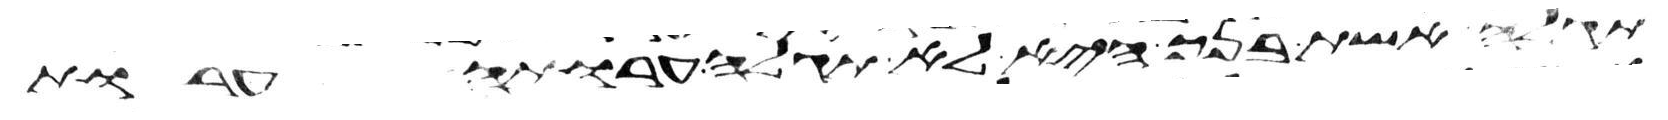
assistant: תגלה אשת בנך היא לא תגלה ערותה ערות